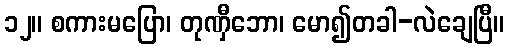
၁၂။ စကားမပြော၊ တုဏှီဘော၊ မော၍တခါ-လဲချေပြီ။